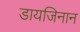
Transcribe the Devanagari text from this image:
डायजिनान